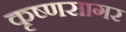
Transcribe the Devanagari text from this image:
कृष्णसागर